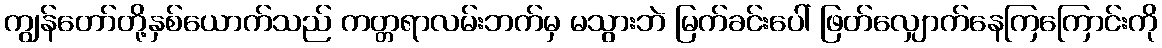
ကျွန်တော်တို့နှစ်ယောက်သည် ကတ္တရာလမ်းဘက်မှ မသွားဘဲ မြက်ခင်းပေါ် ဖြတ်လျှောက်နေကြကြောင်းကို